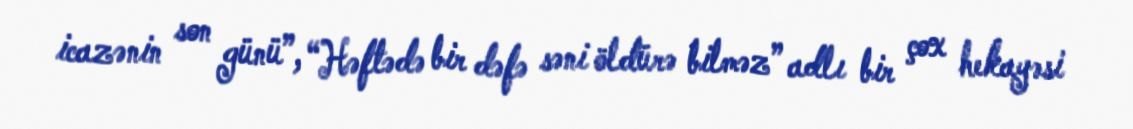
icazənin son günü”, “Həftədə bir dəfə səni öldürə bilməz” adlı bir çox hekayəsi